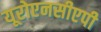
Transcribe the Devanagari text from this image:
यूरोएनसीएपी